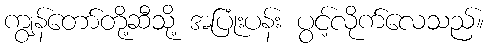
ကျွန်တော်တို့ဆီသို့ အပြုံးပန်း ပွင့်လိုက်လေသည်။